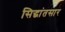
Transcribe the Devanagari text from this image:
सिद्धांतसार